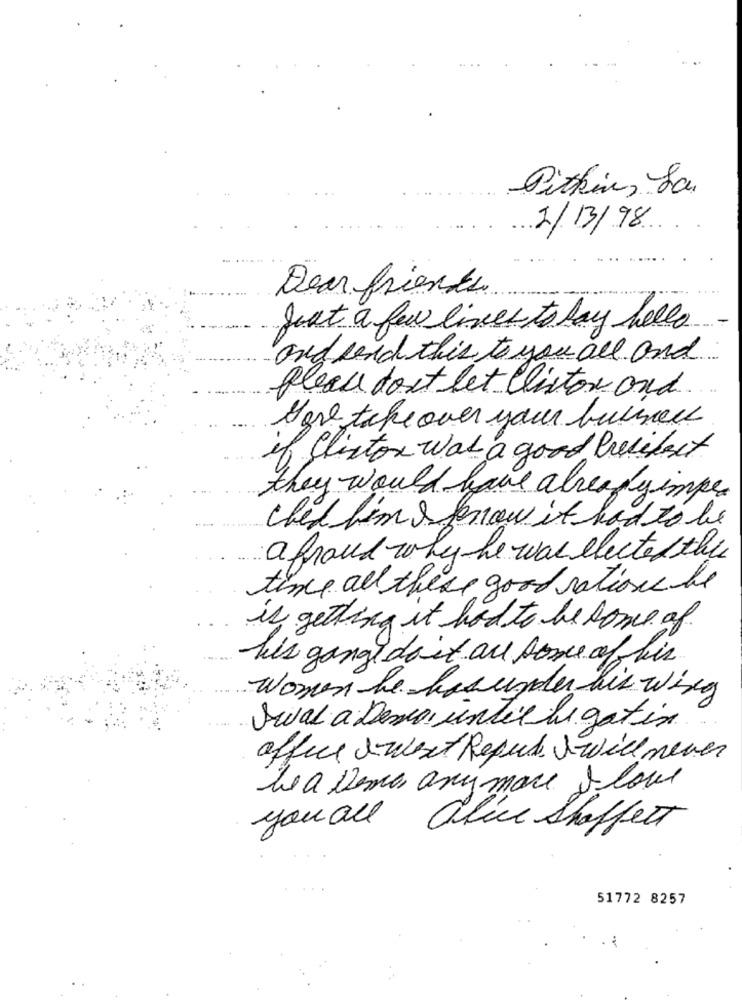
Pitkin, Sa
2/13/98
Dear friends
Just a few lines to say hello
and send this to you all and
please don't let listor and.
Hore take over your business
if Clinton was a good butifset
they would have already impe
ched him & know it had to be
a fraud why he was elected the
time all these good rations he
is getting it had to be some of
his gange do it are some of his
women he has under his wing
Seval a Demes until bu gatin
office sweet Repub S will never
le a Demos anymore I love
you all
alice Shoffett
51772 8257